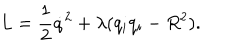
LaTeX: L = \frac 1 2 \dot { q } ^ { 2 } + \lambda ( q _ { i } q _ { i } - R ^ { 2 } ) .